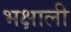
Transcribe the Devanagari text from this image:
भक्षाली